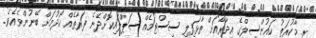
ރ. މާކުރަތު ކައުންސިލްގެ އިދާރާއަށް ތާޅަފިލި ސިސްޓަމެއް ސަޕްލައިކޮށްދޭނެ ފަރާތެއް ހޯދުމަށް ބޭނުންވެއެވެ.